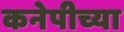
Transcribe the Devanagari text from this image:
कनेपीच्या